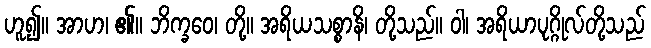
ဟူ၍။ အာဟ၊ ၏။ ဘိက္ခဝေ၊ တို့။ အရိယသစ္စာနိ၊ တို့သည်။ ဝါ၊ အရိယာပုဂ္ဂိုလ်တို့သည်